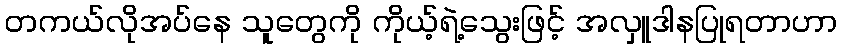
တကယ်လိုအပ်နေ သူတွေကို ကိုယ့်ရဲ့သွေးဖြင့် အလှူဒါနပြုရတာဟာ